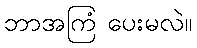
ဘာအကြံ ပေးမလဲ။